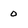
Character: 0